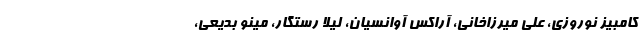
کامبیز نوروزی، علی میرزاخانی، آراکس آوانسیان، لیلا رستگار، مینو بدیعی،